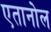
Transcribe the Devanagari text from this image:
एतानोल